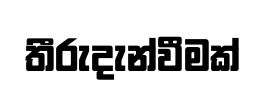
තීරුදැන්වීමක්